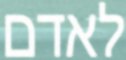
לאדם